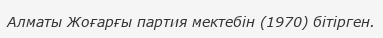
Алматы Жоғарғы партия мектебін (1970) бітірген.